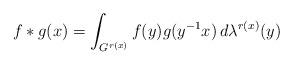
LaTeX: \begin{align*}f \ast g (x) = \int_{G^{r(x)}} f(y) g(y^{-1}x) \, d \lambda^{r(x)} (y)\end{align*}